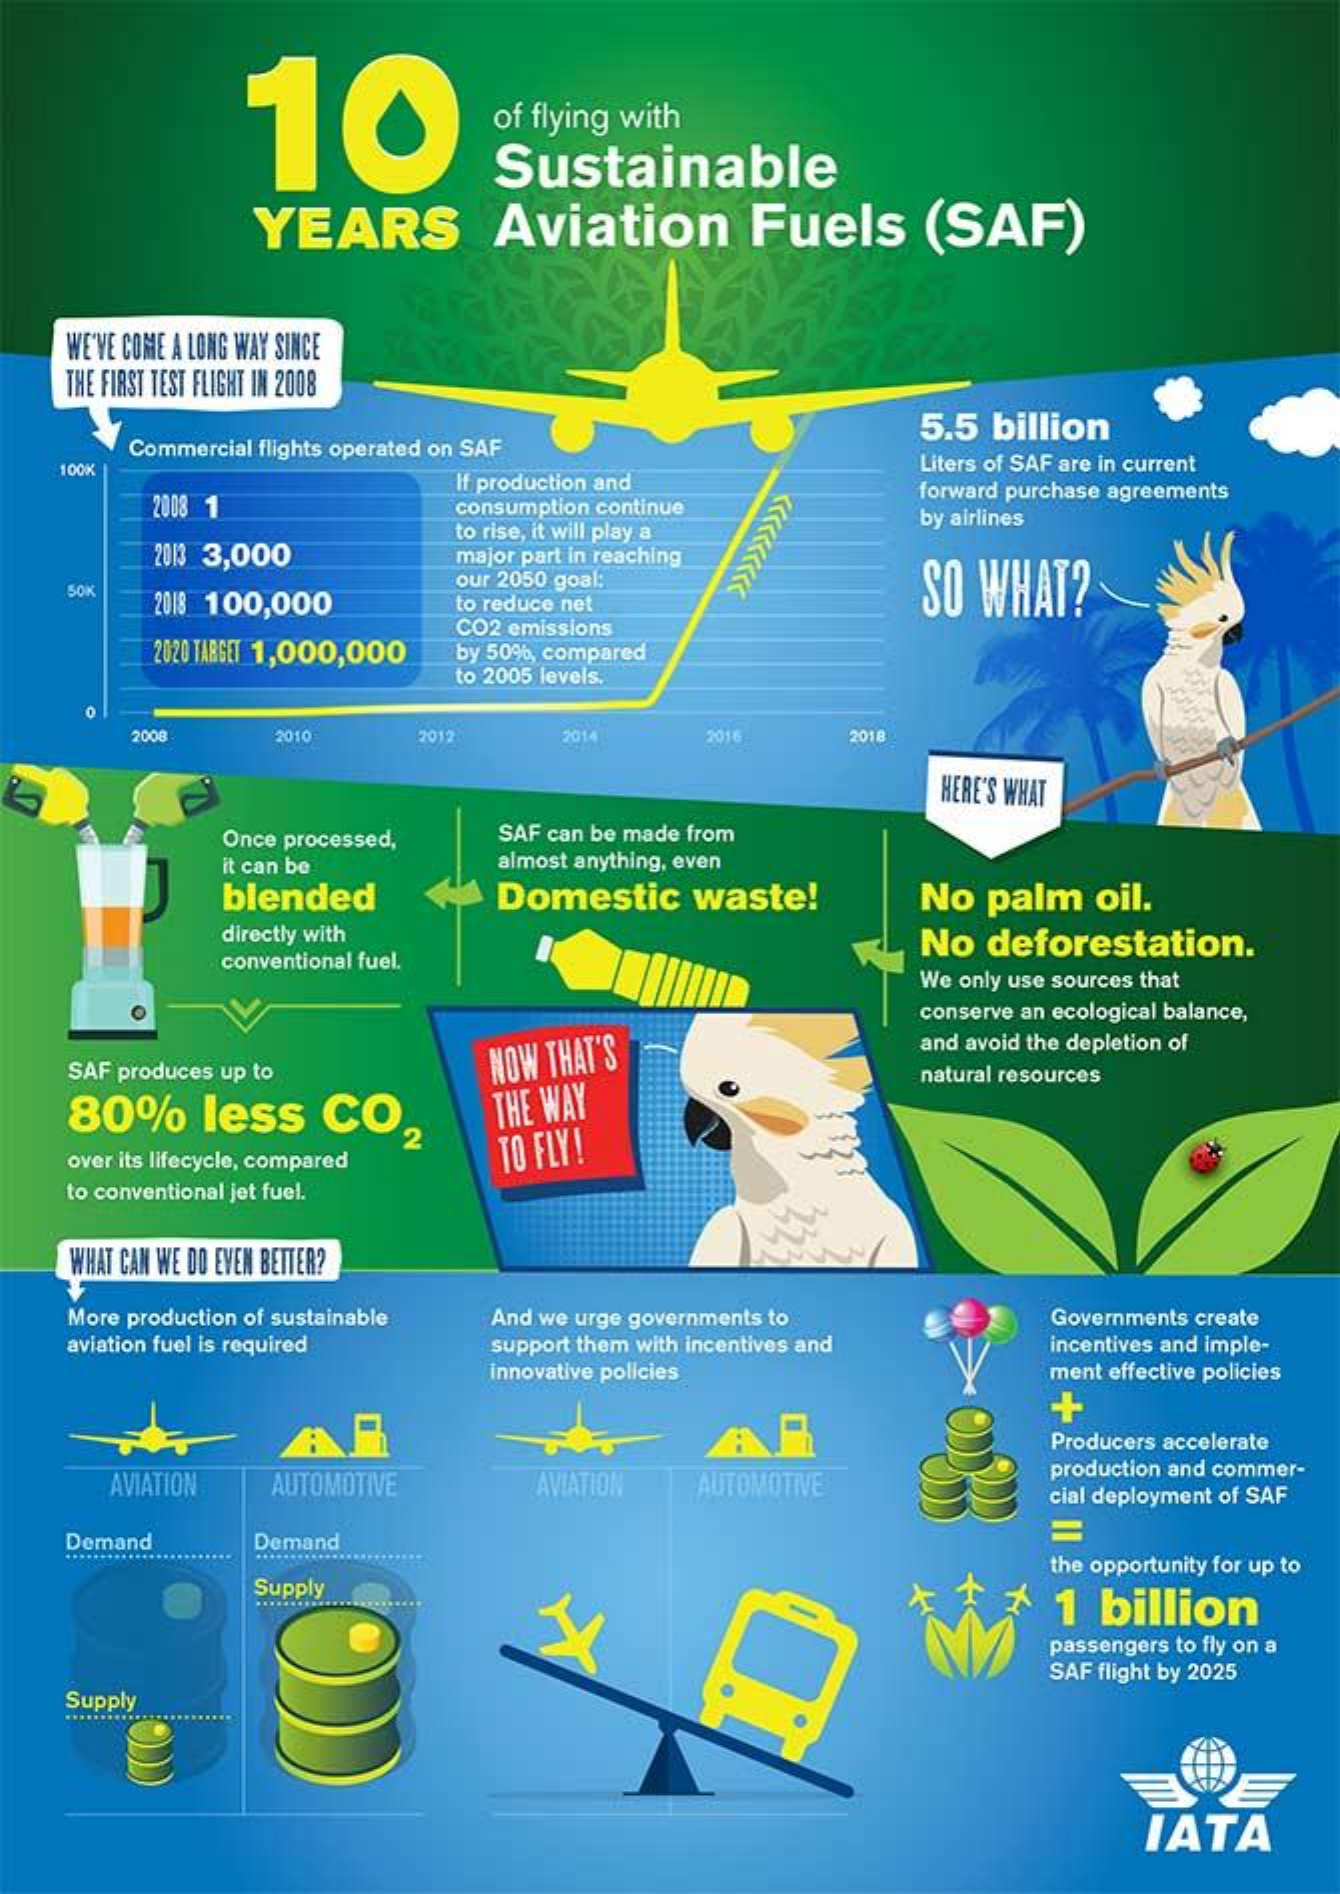
10    of flying with
     Sustainable
     YEARS    Aviation    Fuels    (SAF)
    WE'VE COME A LONG WAY SINCE
    THE FIRST TEST FLIGHT IN 2008
     Commercial flights operated on SAF
     5.5 billion
    100K    Liters of SAF are in current
     2008 1
     If production and
     consumption continue
     forward purchase agreements
     2013 3,000
     to rise, it will play a
     by airlines
     major part in reaching
     SO WHAT? SOK
     2018 100,000
     our 2050 goal:
     to reduce net
     2020 TARGET 1,000,000
     CO2 emissions
     by 50%, compared
     to 2005 levels.
     2008    2010    2012    2014    2016    2018
     HERE'S WHAT
     Once processed, SAF can be made from
     it can be    almost anything, even
     blended    Domestic   waste!    No palm   oil.
     directly with
     conventional fuel.
     No deforestation.
     We only use sources that
     conserve an ecological balance,
    SAF produces up to    NOW THAT'S    and avoid the depletion of
     natural resources
    80%    less   CO.  2
     THE WAY
    over its lifecycle, compared TO FLY!
    to conventional jet fuel.
    WHAT CAN WE DO EVEN BETTER?
    More production of sustainable And we urge governments to Governments create
    aviation fuel is required support them with incentives and incentives and imple-
     innovative policies    ment effective policies
     +
     Producers accelerate
     AVIATION AUTOMOTIVE    AVIATION AUTOMOTIVE
     production and commer-
     cial deployment of SAF
    Demand    Demand
     =
    ........................ ........................
     the opportunity for up to
     Supply
     1  billion
     passengers to fly on a
     SAF flight by 2025
    Supply
     IATA